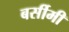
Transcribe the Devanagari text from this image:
बर्सीमी